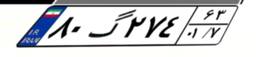
۸۰گ۲۷۴۶۳